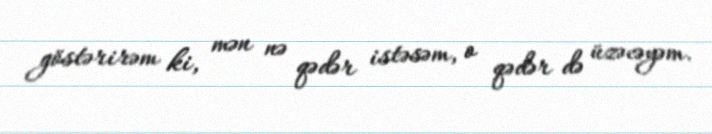
göstərirəm ki, mən nə qədər istəsəm, o qədər də üzəcəyəm.